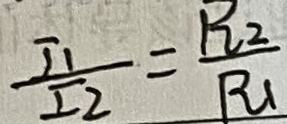
\frac { I _ { 1 } } { I _ { 2 } } = \frac { R _ { 2 } } { R _ { 1 } }